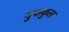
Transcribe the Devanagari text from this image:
गुप्तकुल